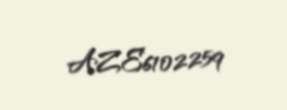
AZE6102259